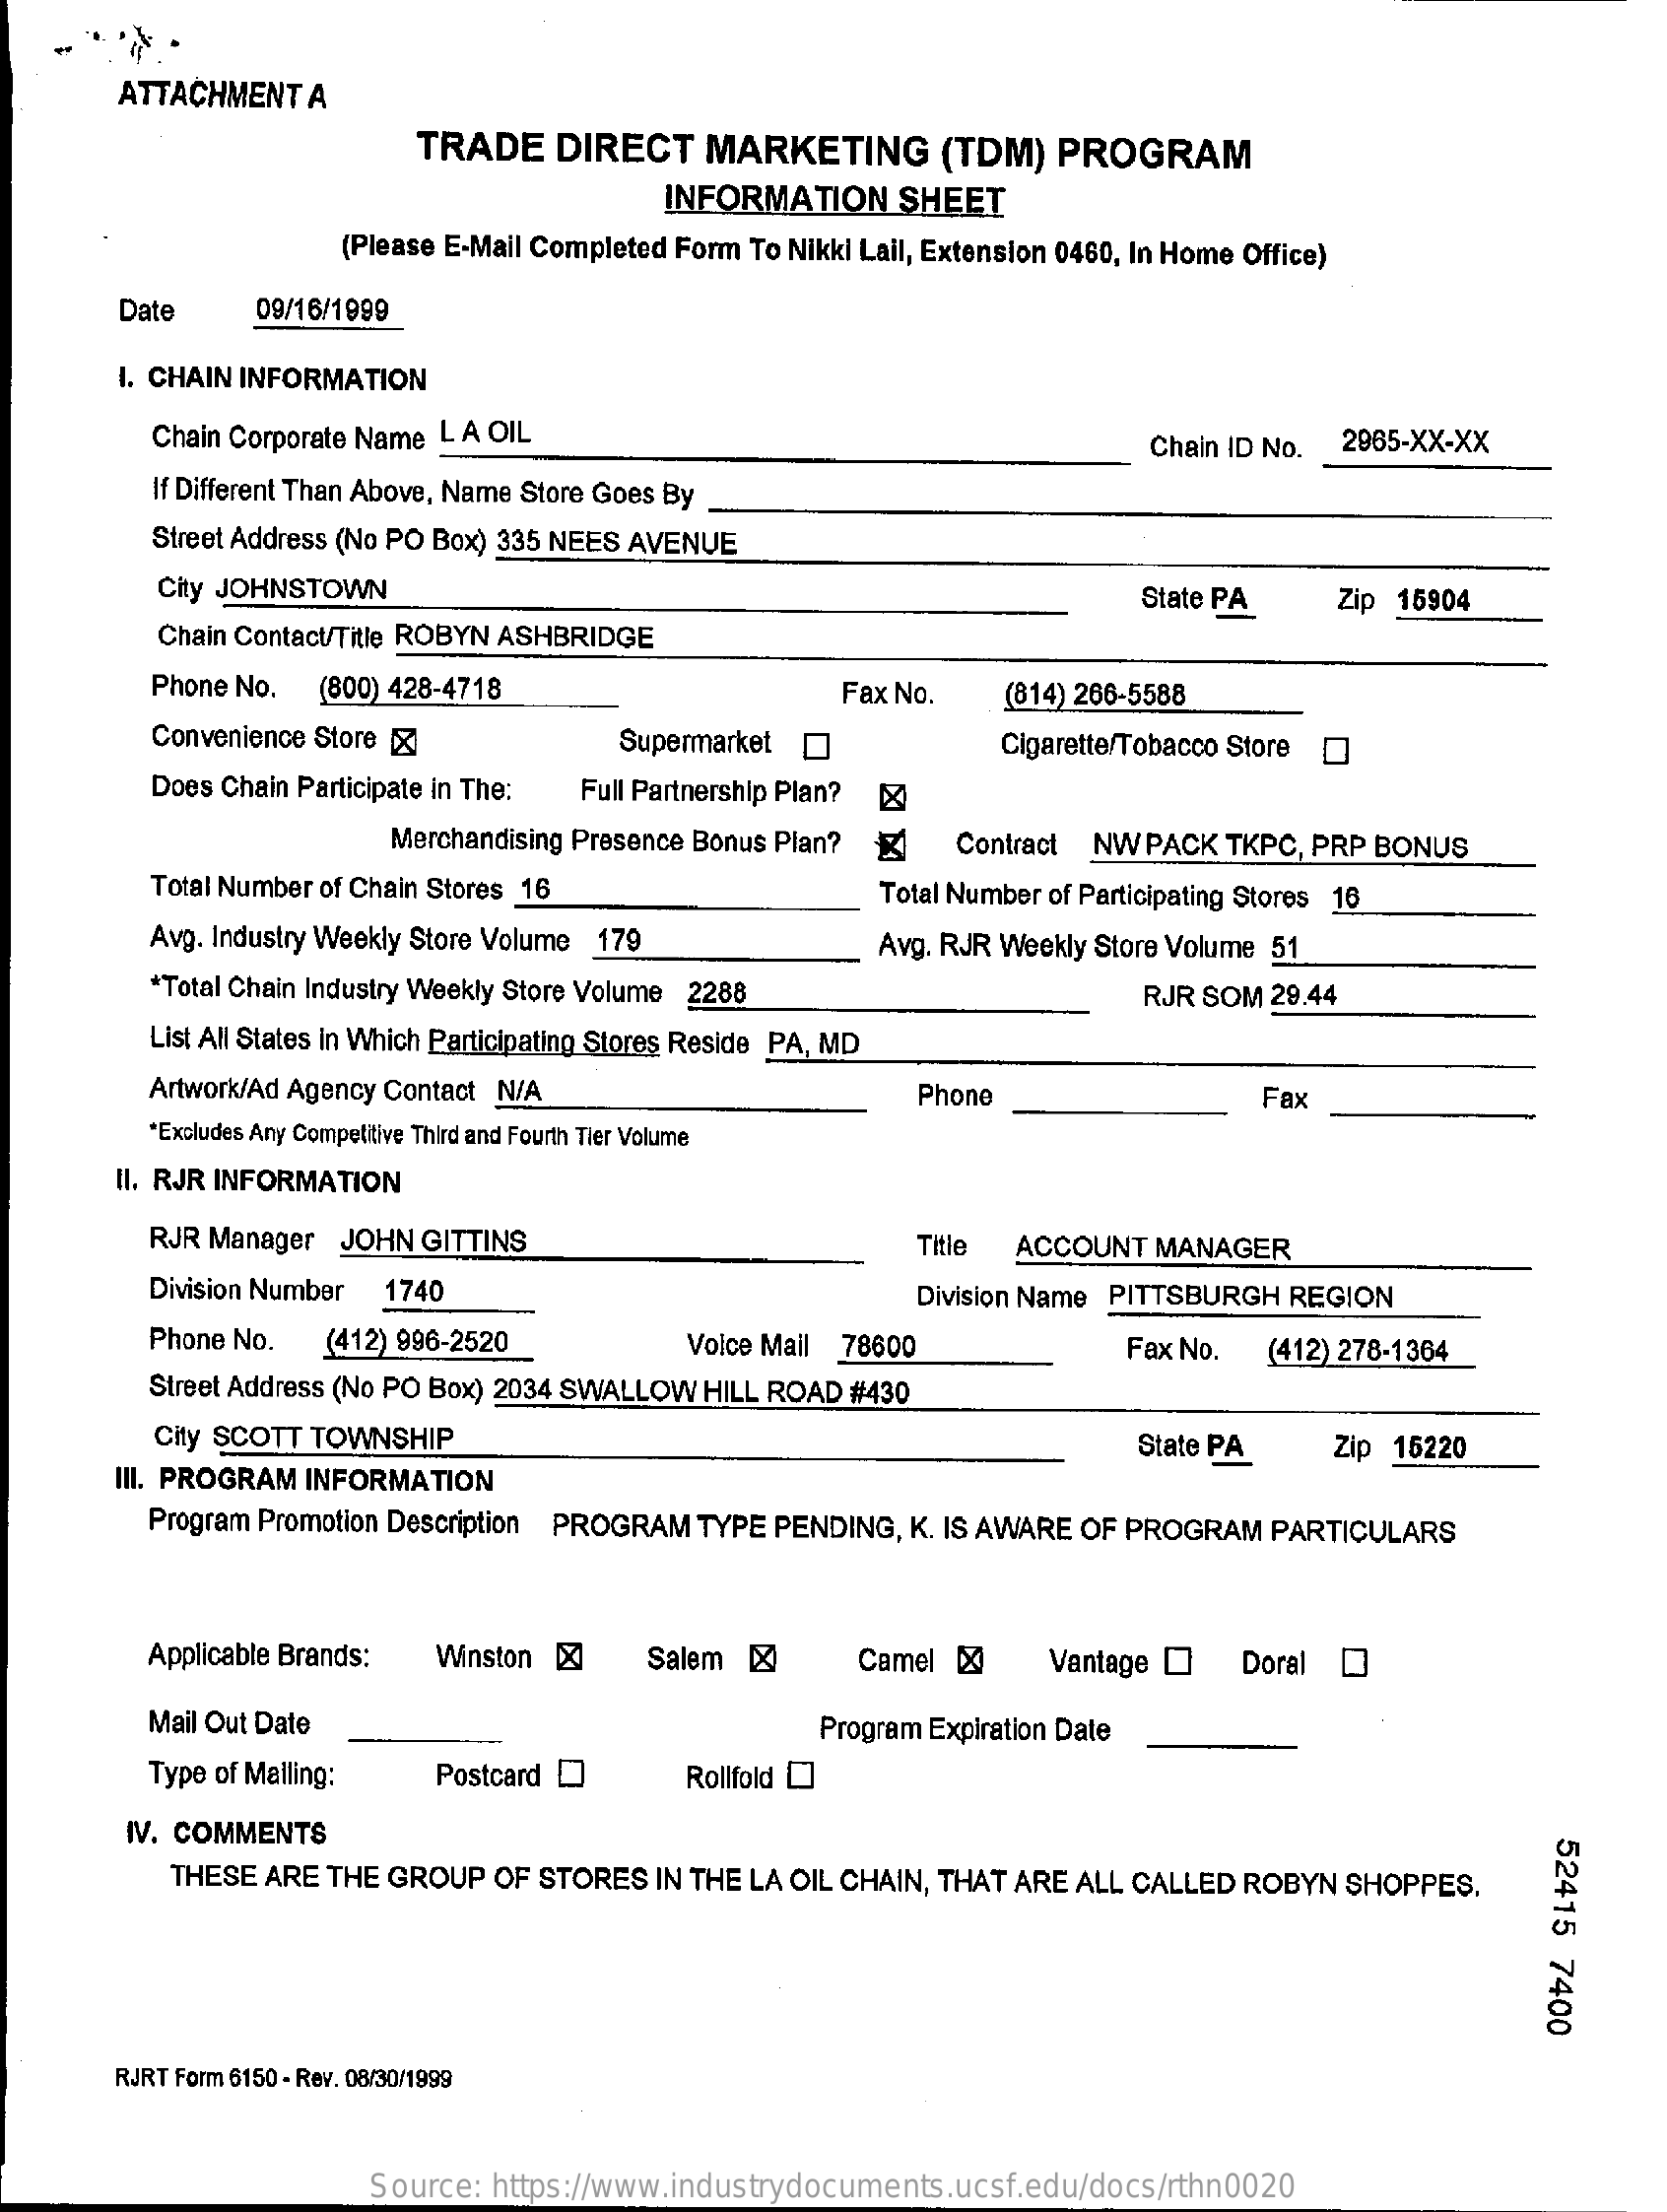
ATTACHMENT A
     TRADE   DIRECT  MARKETING    (TDM)  PROGRAM
     INFORMATION   SHEET
     (Please E-Mail Completed Form To Nikki Lail, Extension 0460, In Home Office)
     Date    09/16/1999
     I. CHAIN INFORMATION
     Chain Corporate Name LA OIL    Chain ID No. 2965-XX-XX
     If Different Than Above, Name Store Goes By
     Street Address (No PO Box) 335 NEES AVENUE
     City JOHNSTOWN    State PA   Zip 15904
     Chain Contact/Title ROBYN ASHBRIDGE
     Phone No. (800) 428-4718    Fax No.   (814) 266-5588
     Convenience Store [    Supermarket    Cigarette/Tobacco Store 0
     Does Chain Participate in The: Full Partnership Plan?
     Merchandising Presence Bonus Plan? Contract NW PACK TKPC, PRP BONUS
     Total Number of Chain Stores 16    Total Number of Participating Stores 16
     Avg. Industry Weekly Store Volume 179    Avg. RJR Weekly Store Volume 51
     *Total Chain Industry Weekly Store Volume 2288    RJR SOM 29.44
     List All States in Which Participating Stores Reside PA, MD
     Artwork/Ad Agency Contact N/A    Phone    Fax
     *Excludes Any Competitive Third and Fourth Tier Volume
     II. RJR INFORMATION
     RJR Manager JOHN GITTINS    Title ACCOUNT MANAGER
     Division Number 1740    Division Name PITTSBURGH REGION
     Phone No. (412) 996-2520    Voice Mail 78600    Fax No. (412) 278-1364
     Street Address (No PO Box) 2034 SWALLOW HILL ROAD #430
     City SCOTT TOWNSHIP    State PA  Zip 15220
     III. PROGRAM INFORMATION
     Program Promotion Description PROGRAM TYPE PENDING, K. IS AWARE OF PROGRAM PARTICULARS
     Applicable Brands: Winston  Salem [X    Camel    Vantage [  Doral
     Mail Out Date    Program Expiration Date
     Type of Mailing: Postcard    Rollfold
     IV. COMMENTS
     52415
     7400
     THESE ARE THE GROUP OF STORES IN THE LA OIL CHAIN, THAT ARE ALL CALLED ROBYN SHOPPES.
     RJRT Form 6150 - Rev. 08/30/1999
     Source: https://www.industrydocuments.ucsf.edu/docs/rthn0020